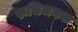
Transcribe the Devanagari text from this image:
रूचिजनक